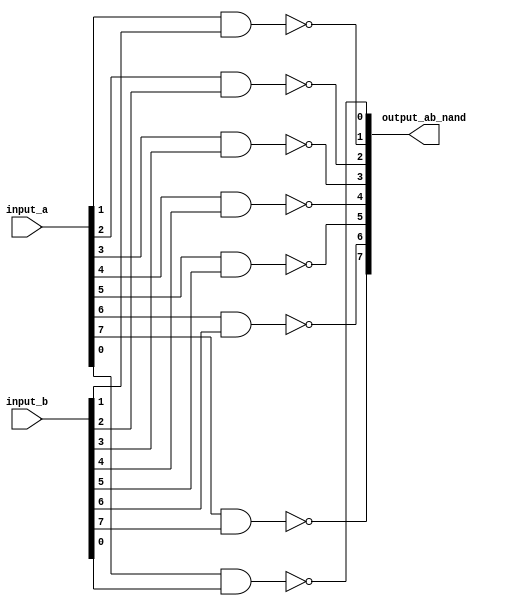
//Bitwise NAND

module myNAND8 (input_a, input_b, output_ab_nand);

input 	[7:0]	input_a, input_b;

output 	[7:0]	output_ab_nand;

nand iNAND1 (output_ab_nand[0], input_a[0], input_b[0]);
nand iNAND2 (output_ab_nand[1], input_a[1], input_b[1]);
nand iNAND3 (output_ab_nand[2], input_a[2], input_b[2]);
nand iNAND4 (output_ab_nand[3], input_a[3], input_b[3]);
nand iNAND5 (output_ab_nand[4], input_a[4], input_b[4]);
nand iNAND6 (output_ab_nand[5], input_a[5], input_b[5]);
nand iNAND7 (output_ab_nand[6], input_a[6], input_b[6]);
nand iNAND8 (output_ab_nand[7], input_a[7], input_b[7]);

endmodule